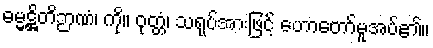
ဓမ္မဋ္ဌိတိဉာဏံ၊ ကို။ ဝုတ္တံ၊ သရုပ်အားဖြင့် ဟောတော်မူအပ်၏။